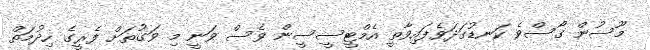
މޫސުން ގޯސްވެ ކަނޑުގަދަވެފައިވާތީ އެމްޓީސީސީން ވެސް ވަނީ މި ވަގުތަށް ފެރީގެ ހިދުމަތް